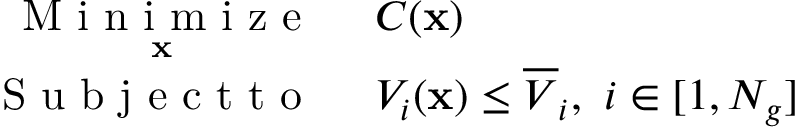
\begin{array} { r l } { \underset { \mathbf { x } } { \mathrm { ~ M ~ i ~ n ~ i ~ m ~ i ~ z ~ e ~ } } } & { { } ~ C ( \mathbf { x } ) } \\ { \mathrm { ~ S ~ u ~ b ~ j ~ e ~ c ~ t ~ t ~ o ~ } } & { { } ~ V _ { i } ( \mathbf { x } ) \le \overline { { V } } _ { i } , ~ i \in [ 1 , N _ { g } ] } \end{array}